Annual statistical returns and brief notes on vaccination in Bengal - 1887-1898
Year: 1887
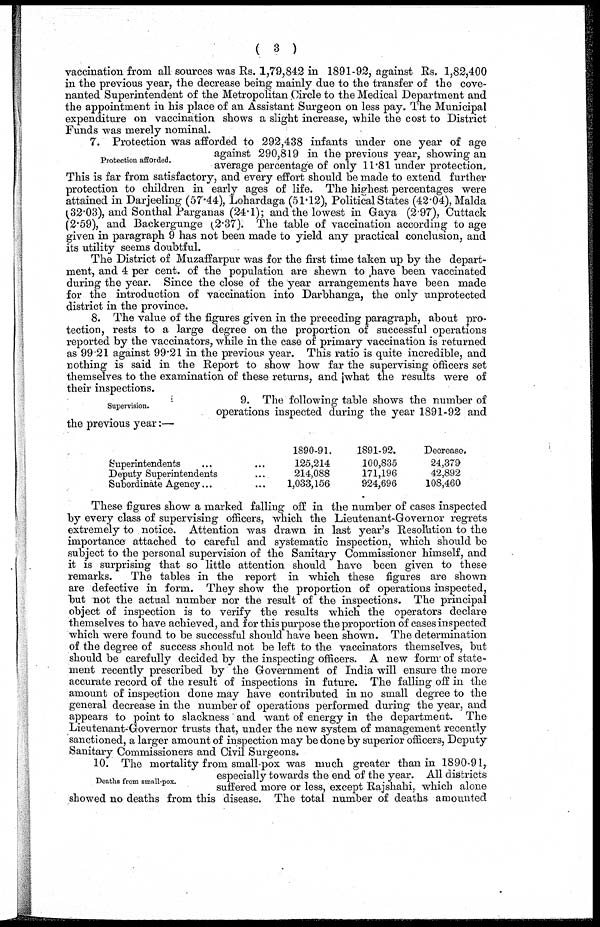
( 3 )
vaccination from all sources was Rs. 1,79,842 in 1891-92, against Rs. 1,82,400
in the previous year, the decrease being mainly due to the transfer of the cove-
nanted Superintendent of the Metropolitan Circle to the Medical Department and
the appointment in his place of an Assistant Surgeon on less pay. The Municipal
expenditure on vaccination shows a slight increase, while the cost to District
Funds was merely nominal.
Protection afforded.
7. Protection was afforded to 292,438 infants under one year of age
against 290,819 in the previous year, showing an
average percentage of only 11.81 under protection.
This is far from satisfactory, and every effort should be made to extend further
protection to children in early ages of life. The highest percentages were
attained in Darjeeling (57.44), Lohardaga (51.12), Political States (42.04), Malda
(32.03), and Sonthal Parganas (24.1); and the lowest in Gaya (2.97), Cuttack
(2.59), and Backergunge (2.37). The table of vaccination according to age
given in paragraph 9 has not been made to yield any practical conclusion, and
its utility seems doubtful.
The District of Muzaffarpur was for the first time taken up by the depart-
ment, and 4 per cent. of the population are shewn to have been vaccinated
during the year. Since the close of the year arrangements have been made
for the introduction of vaccination into Darbhanga, the only unprotected
district in the province.
8. The value of the figures given in the preceding paragraph, about pro-
tection, rests to a large degree on the proportion of successful operations
reported by the vaccinators, while in the case of primary vaccination is returned
as 99.21 against 99.21 in the previous year. This ratio is quite incredible, and
nothing is said in the Report to show how far the supervising officers set
themselves to the examination of these returns, and what the results were of
their inspections.
Supervision.
9. The following table shows the number of
operations inspected during the year 1891-92 and
the previous year:—
Superintendents ... ...
Deputy Superintendents ... ...
Subordinate Agency... ...
1890-91.
125,214
214,088
1,033,156
1891-92.
100,835
171,196
924,696
Decrease.
24,379
42,892
108,460
These figures show a marked falling off in the number of cases inspected
by every class of supervising officers, which the Lieutenant-Governor regrets
extremely to notice. Attention was drawn in last year's Resolution to the
importance attached to careful and systematic inspection, which should be
subject to the personal supervision of the Sanitary Commissioner himself, and
it is surprising that so little attention should have been given to these
remarks.
The tables in the report in which these figures are shown
are defective in form. They show the proportion of operations inspected,
but not the actual number nor the result of the inspections. The principal
object of inspection is to verify the results which the operators declare
themselves to have achieved, and for this purpose the proportion of cases inspected
which were found to be successful should have been shown. The determination
of the degree of success should not be left to the vaccinators themselves, but
should be carefully decided by the inspecting officers. A new form of state-
ment recently prescribed by the Government of India will ensure the more
accurate record of the result of inspections in future. The falling off in the
amount of inspection done may have contributed in no small degree to the
general decrease in the number of operations performed during the year, and
appears to point to slackness and want of energy in the department. The
Lieutenant-Governor trusts that, under the new system of management recently
sanctioned, a larger amount of inspection may be done by superior officers., Deputy
Sanitary Commissioners and Civil Surgeons.
Deaths from small-pox.
10. The mortality from small-pox was much greater than in 1890-91,
especially towards the end of the year. All districts
suffered more or less, except Rajshahi, which alone
showed no deaths from this disease. The total number of deaths amounted